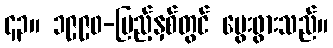
၄၃။ ၁၉၉၀-ပြည့်နှစ်တွင် မွေးဖွားသည်။